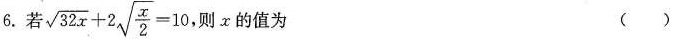
6.若$$\sqrt { 3 2 x } + 2 \sqrt { \frac { x } { 2 } } = 1 0$$ 则x的值为 ( )